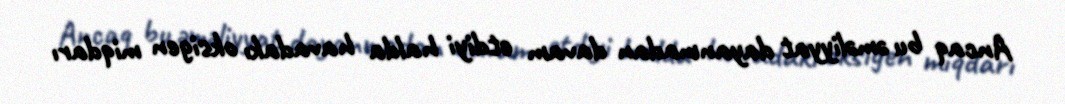
Ancaq bu əməliyyat dayanmadan davam etdiyi halda havadakı oksigen miqdarı